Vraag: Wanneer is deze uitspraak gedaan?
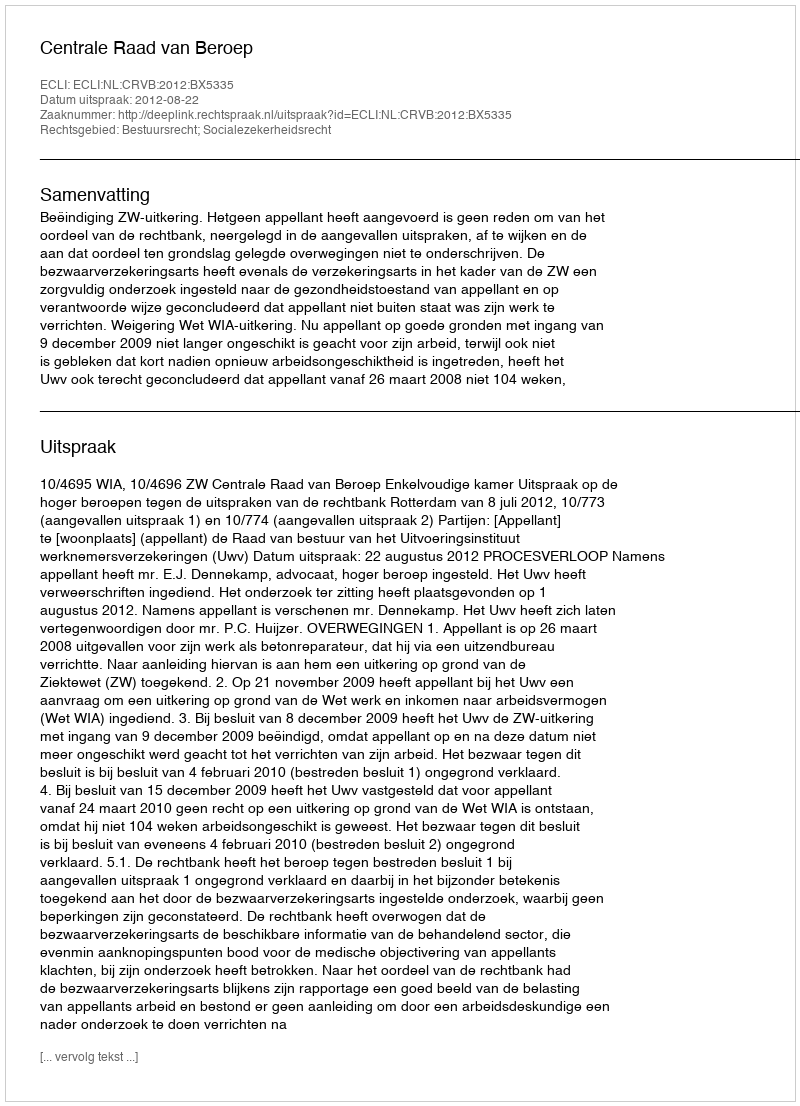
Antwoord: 2012-08-22